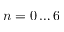
n = 0 \dots 6